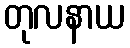
တုလနာယ